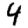
Digit: 4